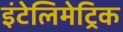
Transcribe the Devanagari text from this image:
इंटेलिमेट्रिक